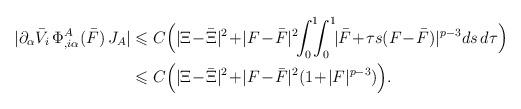
LaTeX: \begin{align*}\begin{aligned}|\partial_{\alpha}\bar{V}_i \, \Phi_{,i\alpha}^A(\bar{F}) \,J_A|&\leqslant C\Bigl(|\Xi\!-\!\bar{\Xi}|^2\!+\!|F\!-\!\bar{F}|^2 \!\!\int_{0}^{1}\!\!\!\int_{0}^{1}\!\!|\bar{F}\! + \!\tau s(F \!-\!\bar{F})|^{p-3}ds\,d\tau \Bigr)\\&\leqslant C\Bigl(|\Xi\!-\!\bar{\Xi}|^2\!+\!|F\!-\!\bar{F}|^2(1\!+\!|F|^{p-3})\Bigr).\end{aligned}\end{align*}